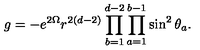
g = - e ^ { 2 \Omega } r ^ { 2 ( d - 2 ) } \prod _ { b = 1 } ^ { d - 2 } \prod _ { a = 1 } ^ { b - 1 } \sin ^ { 2 } \theta _ { a } .